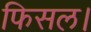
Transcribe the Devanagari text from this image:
फिसल।